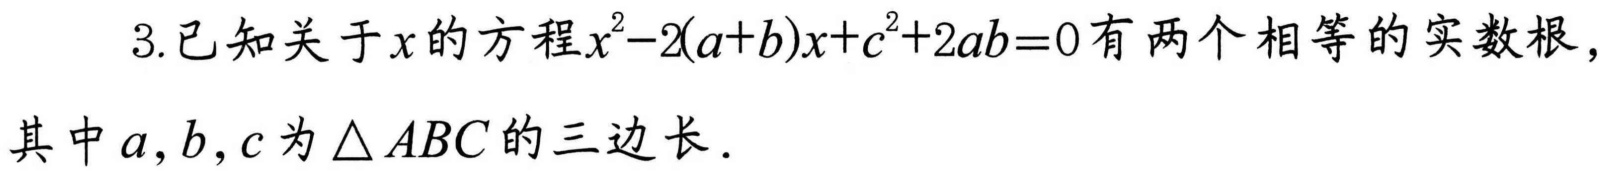
3.已知关于\(x\)的方程\(x^{2}-2(a + b)x + c^{2}+2ab = 0\)有两个相等的实数根，其中\(a,b,c\)为\(\triangle ABC\)的三边长．